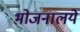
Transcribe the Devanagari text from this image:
भोजनालये